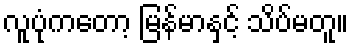
လူပုံကတော့ မြန်မာနှင့် သိပ်မတူ။